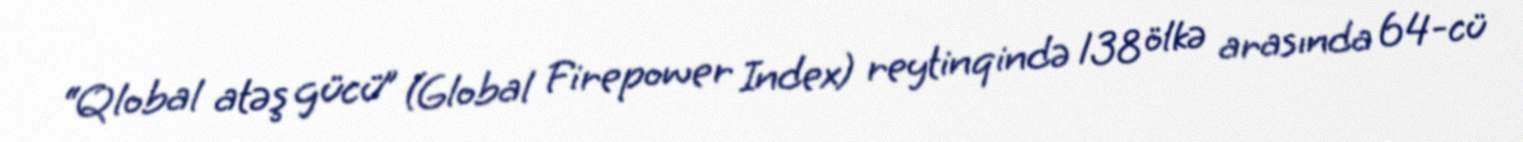
“Qlobal atəş gücü” (Global Firepower Index) reytinqində 138 ölkə arasında 64-cü